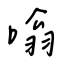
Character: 嗡